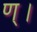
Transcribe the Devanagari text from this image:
ण्।